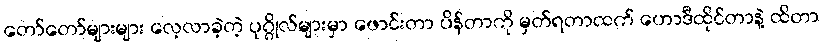
တော်တော်များများ လေ့လာခဲ့တဲ့ ပုဂ္ဂိုလ်များမှာ ဖောင်းတာ ပိန်တာကို မှတ်ရတာထက် ဟောဒီထိုင်တာနဲ့ ထိတာ